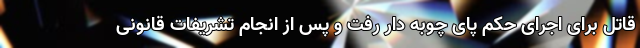
قاتل برای اجرای حکم پای چوبه دار رفت و پس از انجام تشریفات قانونی